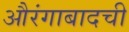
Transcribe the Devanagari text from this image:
औरंगाबादची